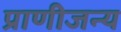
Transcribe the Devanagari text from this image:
प्राणीजन्य